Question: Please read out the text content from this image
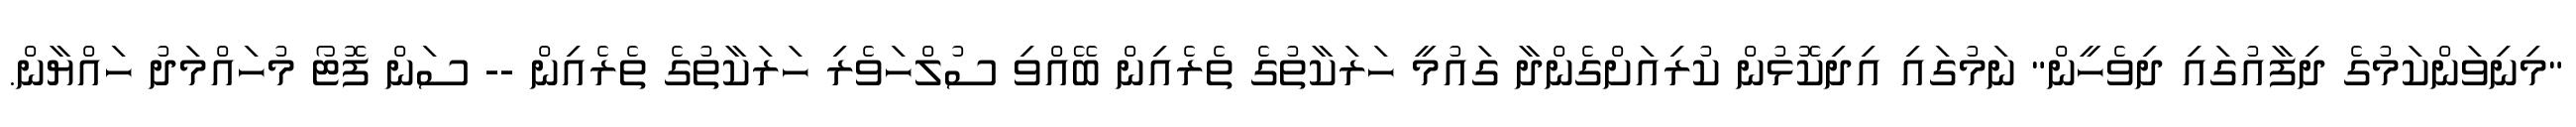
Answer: "މިނިވަންކަމުގެ ދިފާއުގައި ދިވެހީން" ނަމުގައި އިދިކޮޅުން ކުރިއަށްގެންދާ ގައުމީ ހަރަކާތުގެ ތެރެއިން ބޭއްވި ސުލްހަވެރި ހަރަކާތުގެ ތެރެއިން -- ސަން ފޮޓޯ މުހައްމަދު ހައްޔާން.